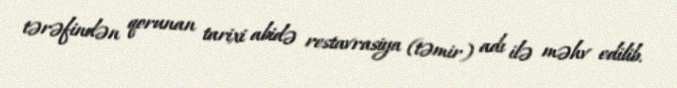
tərəfindən qorunan tarixi abidə restavrasiya (təmir) adı ilə məhv edilib.